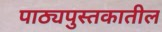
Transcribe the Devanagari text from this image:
पाठ्यपुस्तकातील